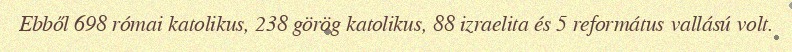
Ebből 698 római katolikus, 238 görög katolikus, 88 izraelita és 5 református vallású volt.